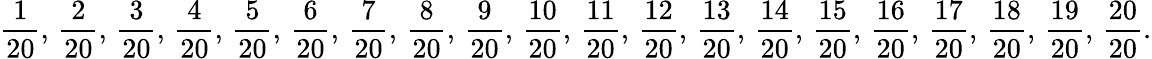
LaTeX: {\frac{1}{20}},\, {\frac{2}{20}},\, {\frac{3}{20}},\, {\frac{4}{20}},\, {\frac{5}{20}},\, {\frac{6}{20}},\, {\frac{7}{20}},\, {\frac{8}{20}},\, {\frac{9}{20}},\, {\frac{10}{20}},\, {\frac{11}{20}},\, {\frac{12}{20}},\, {\frac{13}{20}},\, {\frac{14}{20}},\, {\frac{15}{20}},\, {\frac{16}{20}},\, {\frac{17}{20}},\, {\frac{18}{20}},\, {\frac{19}{20}},\, {\frac{20}{20}}.